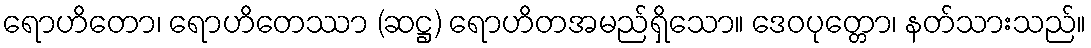
ရောဟိတော၊ ရောဟိတေဿာ (ဆဋ္ဌ) ရောဟိတအမည်ရှိသော။ ဒေဝပုတ္တော၊ နတ်သားသည်။